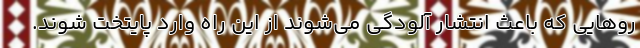
روهایی که باعث انتشار آلودگی می‌شوند از این راه وارد پایتخت شوند.